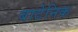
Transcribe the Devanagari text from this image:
बाटेनिक